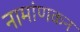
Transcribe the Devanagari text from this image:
नामांणकन